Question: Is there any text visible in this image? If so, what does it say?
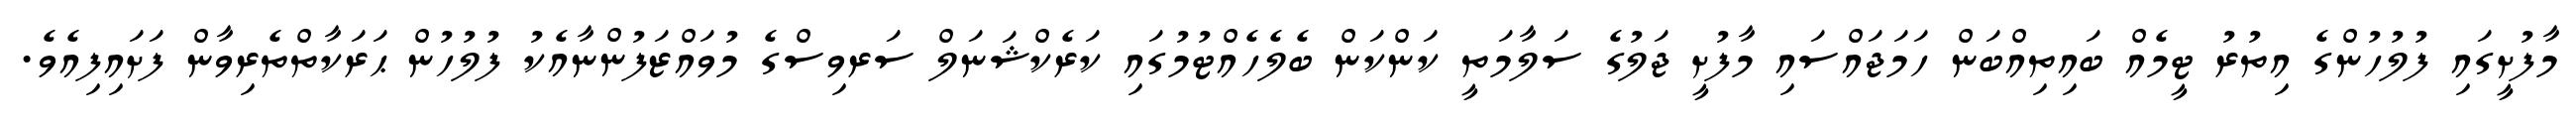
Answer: މާފުށީގައި ފުލުހުންގެ އިތުރު ޓީމެއް ބައިތިއްބަން ހަމަޖައްސައި މާފުށީ ޖަލުގެ ސަލާމަތީ ކަންކަން ބެލެހެއްޓުމުގައި ކަރެކްޝަނަލް ސަރވިސްގެ މުވައްޒަފުންނާއެކު ފުލުހުން ޙަރަކާތްތެރިވާން ފަށައިފިއެވެ.